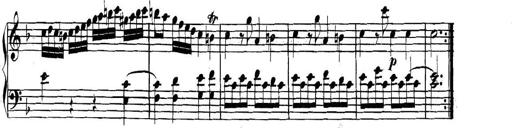
Title: Collected Piano Sonatas
Composer: Muzio Clementi